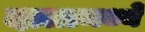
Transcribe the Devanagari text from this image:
दातामध्ये